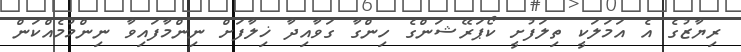
ރިޔާޒުގެ އެ އަމަލަކީ ތިލަފުށީ ކޯޕަރޭޝަންގެ ހިންގާ ގަވާއިދާ ޚިލާފަށް ނިންމާފައިވާ ނިންމުމެއްކަން